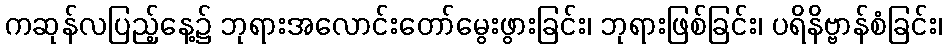
ကဆုန်လပြည့်နေ့၌ ဘုရားအလောင်းတော်မွေးဖွားခြင်း၊ ဘုရားဖြစ်ခြင်း၊ ပရိနိဗ္ဗာန်စံခြင်း၊